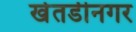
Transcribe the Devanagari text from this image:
खेतडीनगर